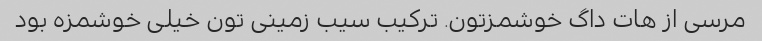
مرسی از هات داگ خوشمزتون. ترکیب سیب زمینی تون خیلی خوشمزه بود